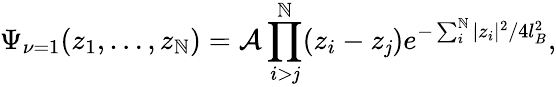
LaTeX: \Psi_{\nu=1}(z_{1},\dots,z_{\mathbb{N}})={\cal{A}}\prod_{i>\mathit{j}}^{\mathbb{N}}(z_{i}-z_{\mathit{j}})e^{-\sum_{i}^{\mathbb{N}}|z_{i}|^{2}/4l_{B}^{2}},